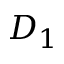
D _ { 1 }